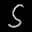
Label: 5